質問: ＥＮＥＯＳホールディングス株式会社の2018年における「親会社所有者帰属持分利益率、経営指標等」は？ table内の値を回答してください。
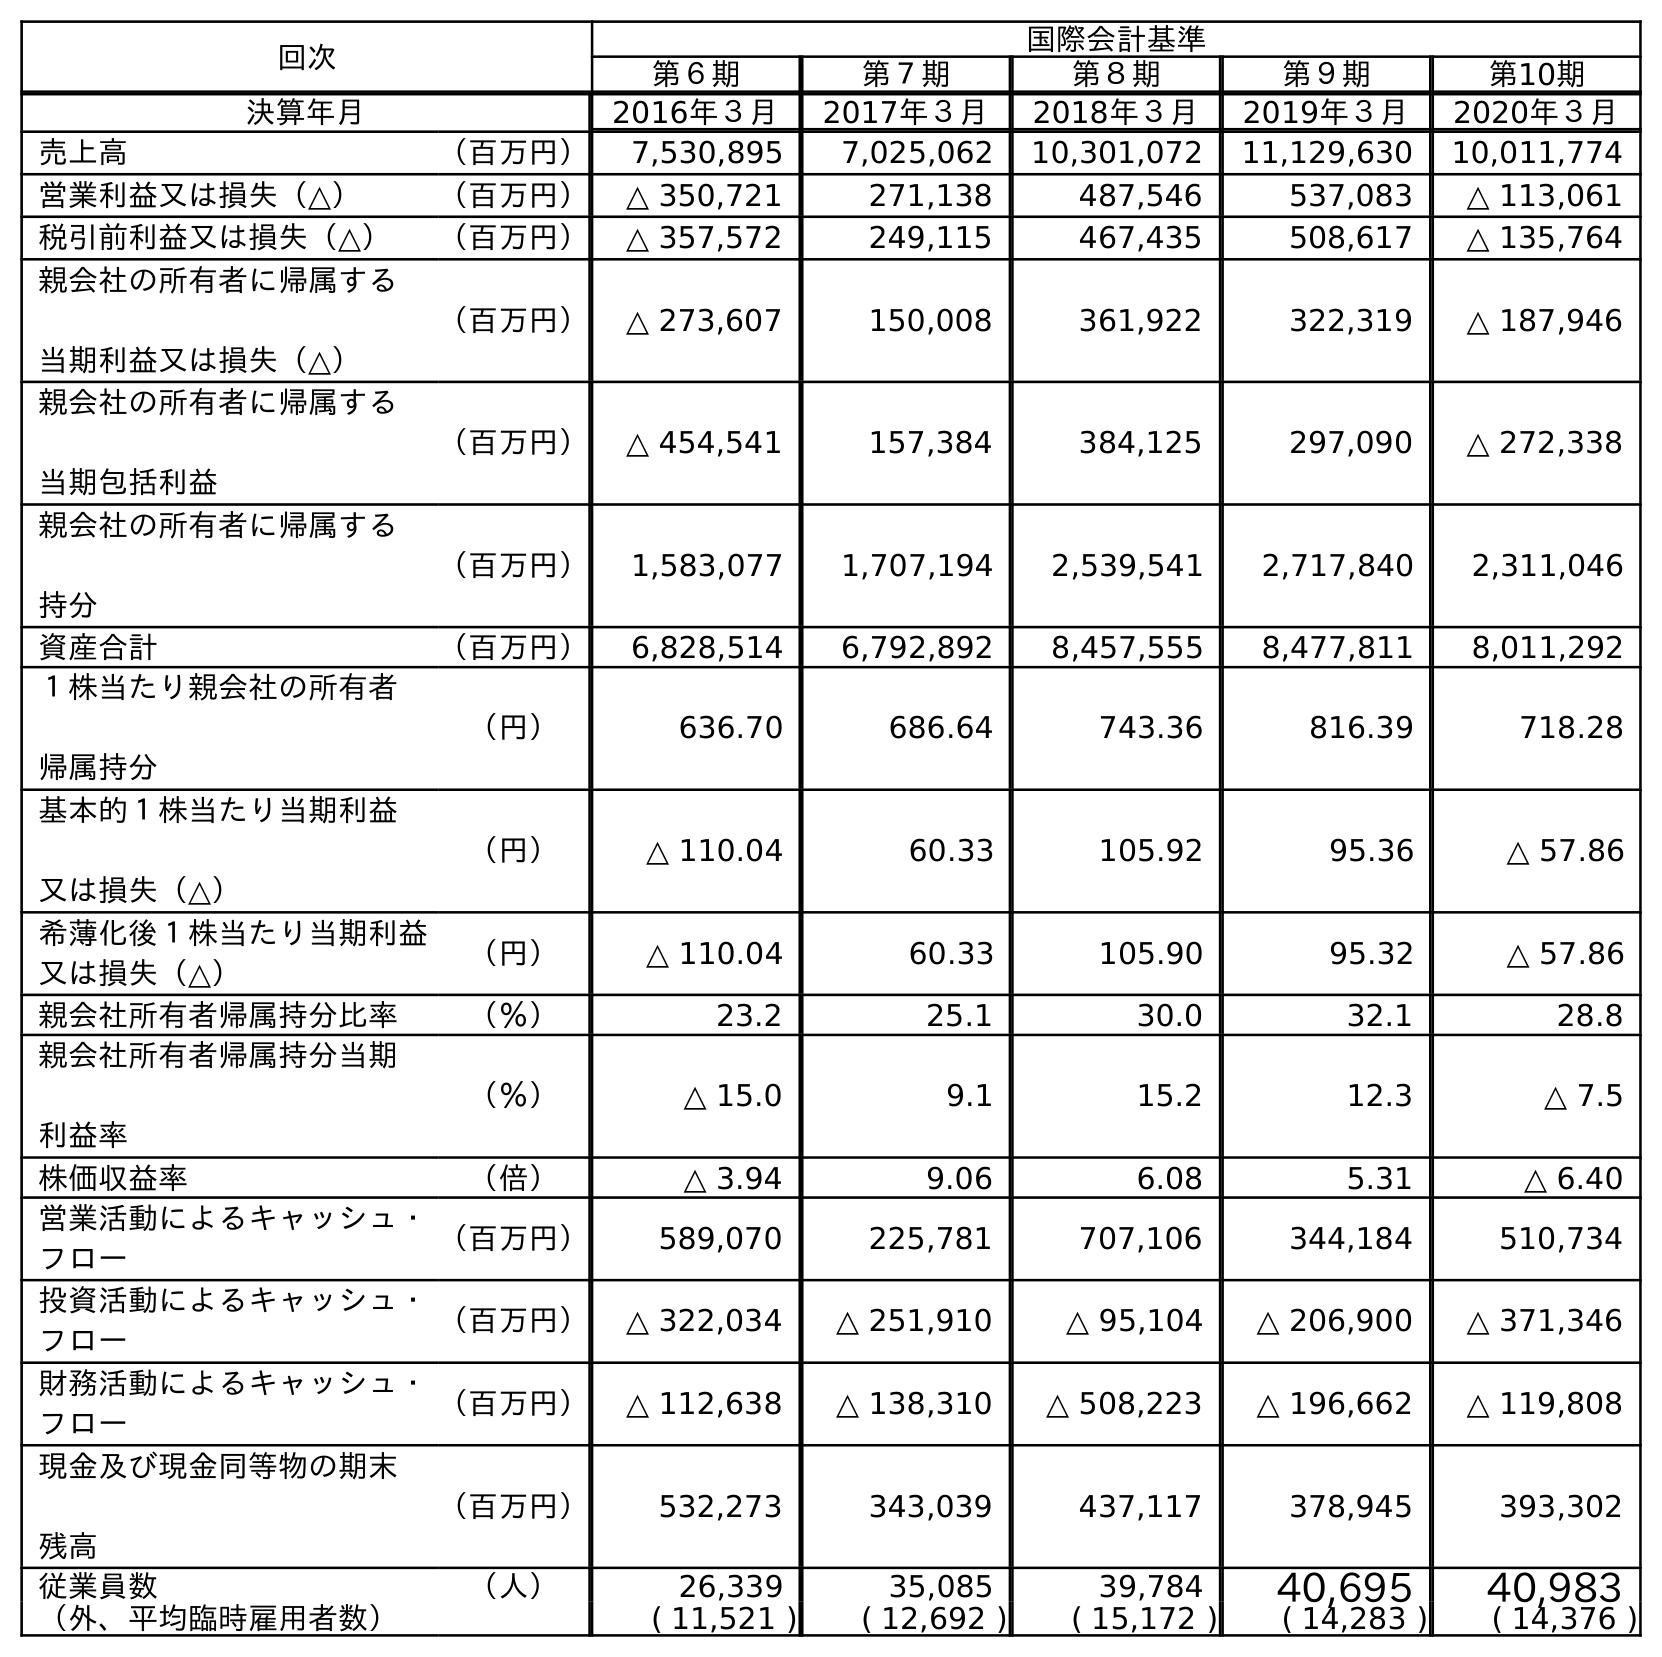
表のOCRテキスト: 回次 国際会計基準 第６期 第７期 第８期 第９期 第10期 決算年月 2016年３月 2017年３月 2018年３月 2019年３月 2020年３月 売上高 （百万円） 7,530,895 7,025,062 10,301,072 11,129,630 10,011,774 営業利益又は損失（△） （百万円） △ 350,721 271,138 487,546 537,083 △ 113,061 税引前利益又は損失（△） （百万円） △ 357,572 249,115 467,435 508,617 △ 135,764 親会社の所有者に帰属する 当期利益又は損失（△） （百万円） △ 273,607 150,008 361,922 322,319 △ 187,946 親会社の所有者に帰属する 当期包括利益 （百万円） △ 454,541 157,384 384,125 297,090 △ 272,338 親会社の所有者に帰属する 持分 （百万円） 1,583,077 1,707,194 2,539,541 2,717,840 2,311,046 資産合計 （百万円） 6,828,514 6,792,892 8,457,555 8,477,811 8,011,292 １株当たり親会社の所有者 帰属持分 （円） 636.70 686.64 743.36 816.39 718.28 基本的１株当たり当期利益 又は損失（△） （円） △ 110.04 60.33 105.92 95.36 △ 57.86 希薄化後１株当たり当期利益 又は損失（△） （円） △ 110.04 60.33 105.90 95.32 △ 57.86 親会社所有者帰属持分比率 （％） 23.2 25.1 30.0 32.1 28.8 親会社所有者帰属持分当期 利益率 （％） △ 15.0 9.1 15.2 12.3 △ 7.5 株価収益率 （倍） △ 3.94 9.06 6.08 5.31 △ 6.40 営業活動によるキャッシュ・ フロー （百万円） 589,070 225,781 707,106 344,184 510,734 投資活動によるキャッシュ・ フロー （百万円） △ 322,034 △ 251,910 △ 95,104 △ 206,900 △ 371,346 財務活動によるキャッシュ・ フロー （百万円） △ 112,638 △ 138,310 △ 508,223 △ 196,662 △ 119,808 現金及び現金同等物の期末 残高 （百万円） 532,273 343,039 437,117 378,945 393,302 従業員数 （人） 26,339 35,085 39,784 40,695 40,983 （外、平均臨時雇用者数） ( 11,521 ) ( 12,692 ) ( 15,172 ) ( 14,283 ) ( 14,376 )
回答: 15.2